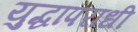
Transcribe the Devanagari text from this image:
युद्धापराधी